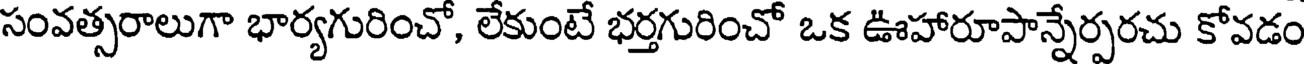
సంవత్సరాలుగా భార్యగురించో, లేకుంటే భర్తగురించో ఒక ఊహారూపాన్నేర్పరచు కోవడం